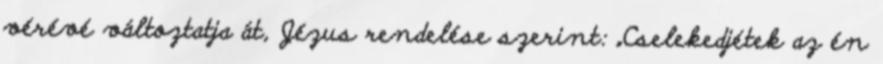
vérévé változtatja át, Jézus rendelése szerint: „Cse­lekedjétek az én